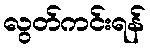
လွတ်ကင်းရန်